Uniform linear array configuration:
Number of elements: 8
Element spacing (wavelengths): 0.75
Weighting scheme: hann
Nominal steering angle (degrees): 0
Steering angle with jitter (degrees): -1.72
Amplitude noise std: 0.05
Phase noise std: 0.05

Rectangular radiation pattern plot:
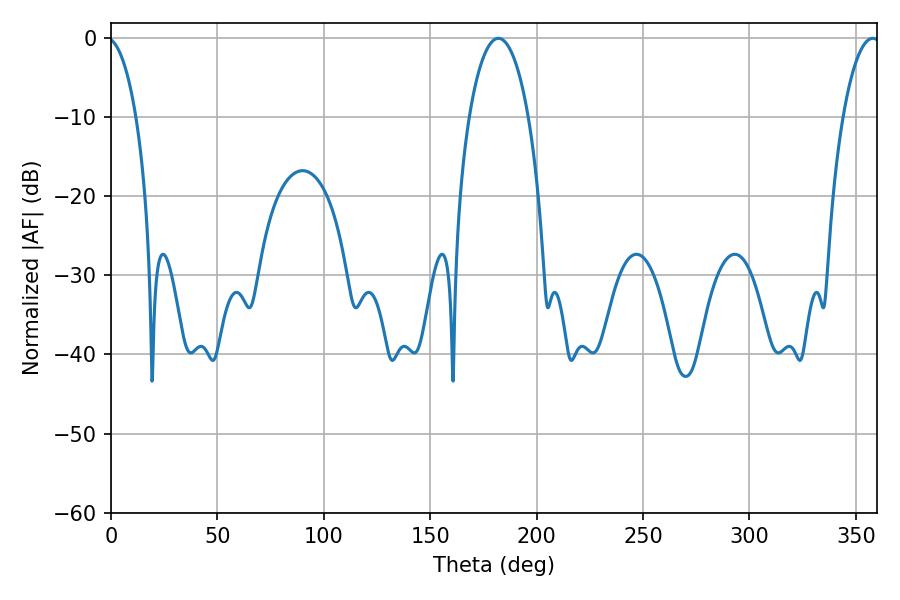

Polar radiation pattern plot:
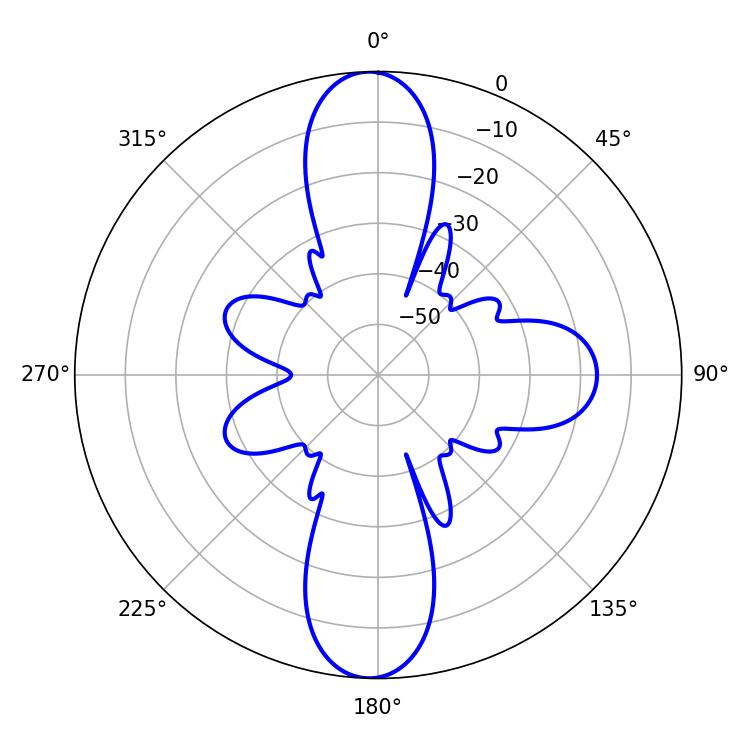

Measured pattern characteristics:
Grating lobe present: TRUE
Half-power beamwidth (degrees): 15.66
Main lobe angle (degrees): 181.98